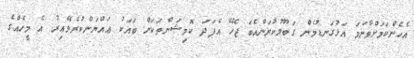
އެހެންކަމަށްވާނަމަ އަޅުގަނޑުމެން ގަބޫލުކުރަންއެބަ ޖެހޭ އެފަދަ ކޮމިޝަންތަކަށް ބައަކު ޢައްޔަންކުރެވޭއިރު އެ މީހެއްގެ